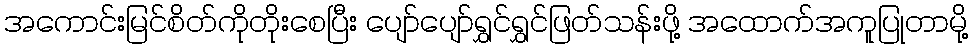
အကောင်းမြင်စိတ်ကိုတိုးစေပြီး ပျော်ပျော်ရွှင်ရွှင်ဖြတ်သန်းဖို့ အထောက်အကူပြုတာမို့